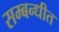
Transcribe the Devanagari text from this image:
सम्बन्धीत